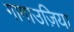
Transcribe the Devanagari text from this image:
गागाउज़िया